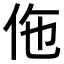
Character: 𬽲